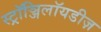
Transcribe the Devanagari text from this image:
स्ट्रॉञ्जिलॉयडीज़